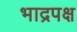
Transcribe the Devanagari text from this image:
भाद्रपक्ष